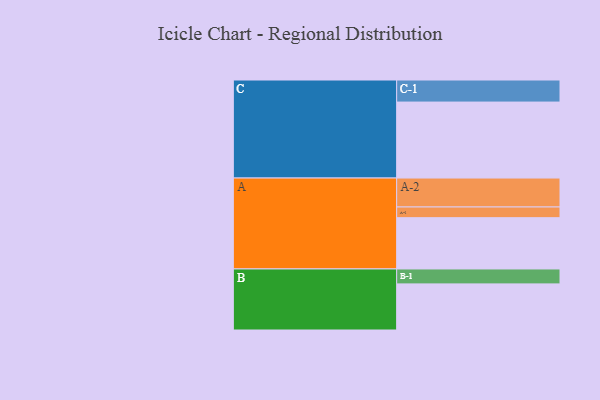
{"axis": {"x": "Segment", "y": "Value"}, "legend": ["", "A", "B", "C"], "data": [{"x": "A", "y": 388, "type": ""}, {"x": "B", "y": 349, "type": ""}, {"x": "C", "y": 575, "type": ""}, {"x": "A-1", "y": 81, "type": "A"}, {"x": "A-2", "y": 219, "type": "A"}, {"x": "B-1", "y": 113, "type": "B"}, {"x": "C-1", "y": 167, "type": "C"}]}